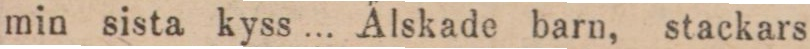
min sista kyss ... A̋lskade barn, stackars